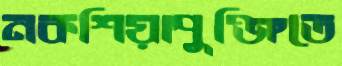
নকশিয়াপুঞ্জিতে